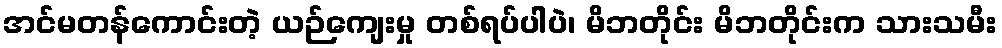
အင်မတန်ကောင်းတဲ့ ယဉ်ကျေးမှု တစ်ရပ်ပါပဲ၊ မိဘတိုင်း မိဘတိုင်းက သားသမီး